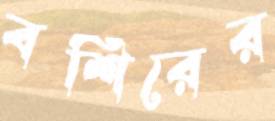
বশিরের